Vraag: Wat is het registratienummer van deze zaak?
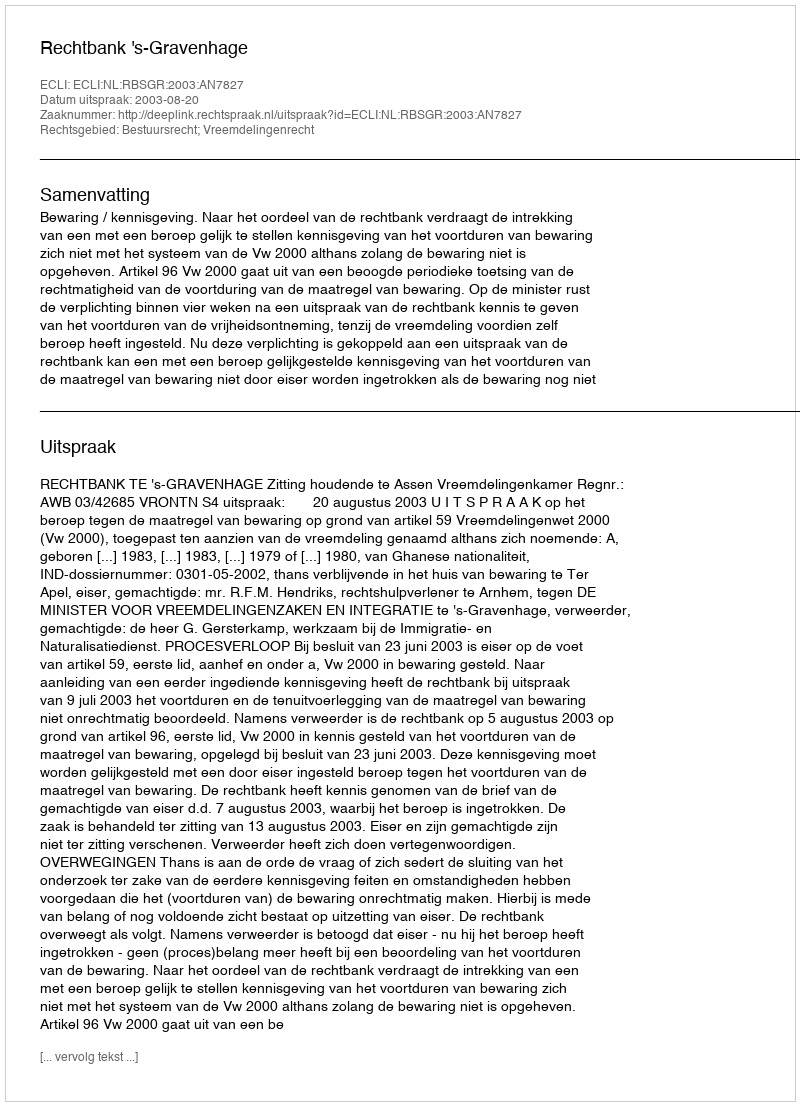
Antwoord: http://deeplink.rechtspraak.nl/uitspraak?id=ECLI:NL:RBSGR:2003:AN7827